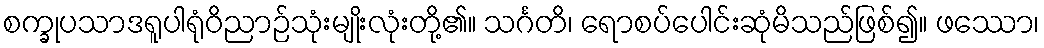
စက္ခုပသာဒရူပါရုံဝိညာဉ်သုံးမျိုးလုံးတို့၏။ သင်္ဂတိ၊ ရောစပ်ပေါင်းဆုံမိသည်ဖြစ်၍။ ဖဿော၊